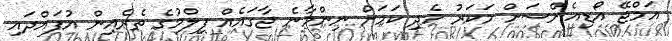
އަމްޖޭ އޯޑިއެންސަށް މަކަރު ހެދި ކަމަށް ނިންމާނެ ޖާގައެއް ފިލްމުގެ ތެރެއިން އުފައްދައި